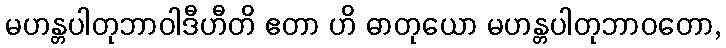
မဟန္တပါတုဘာဝါဒီဟီတိ ဧတာ ဟိ ဓာတုယော မဟန္တပါတုဘာဝတော,